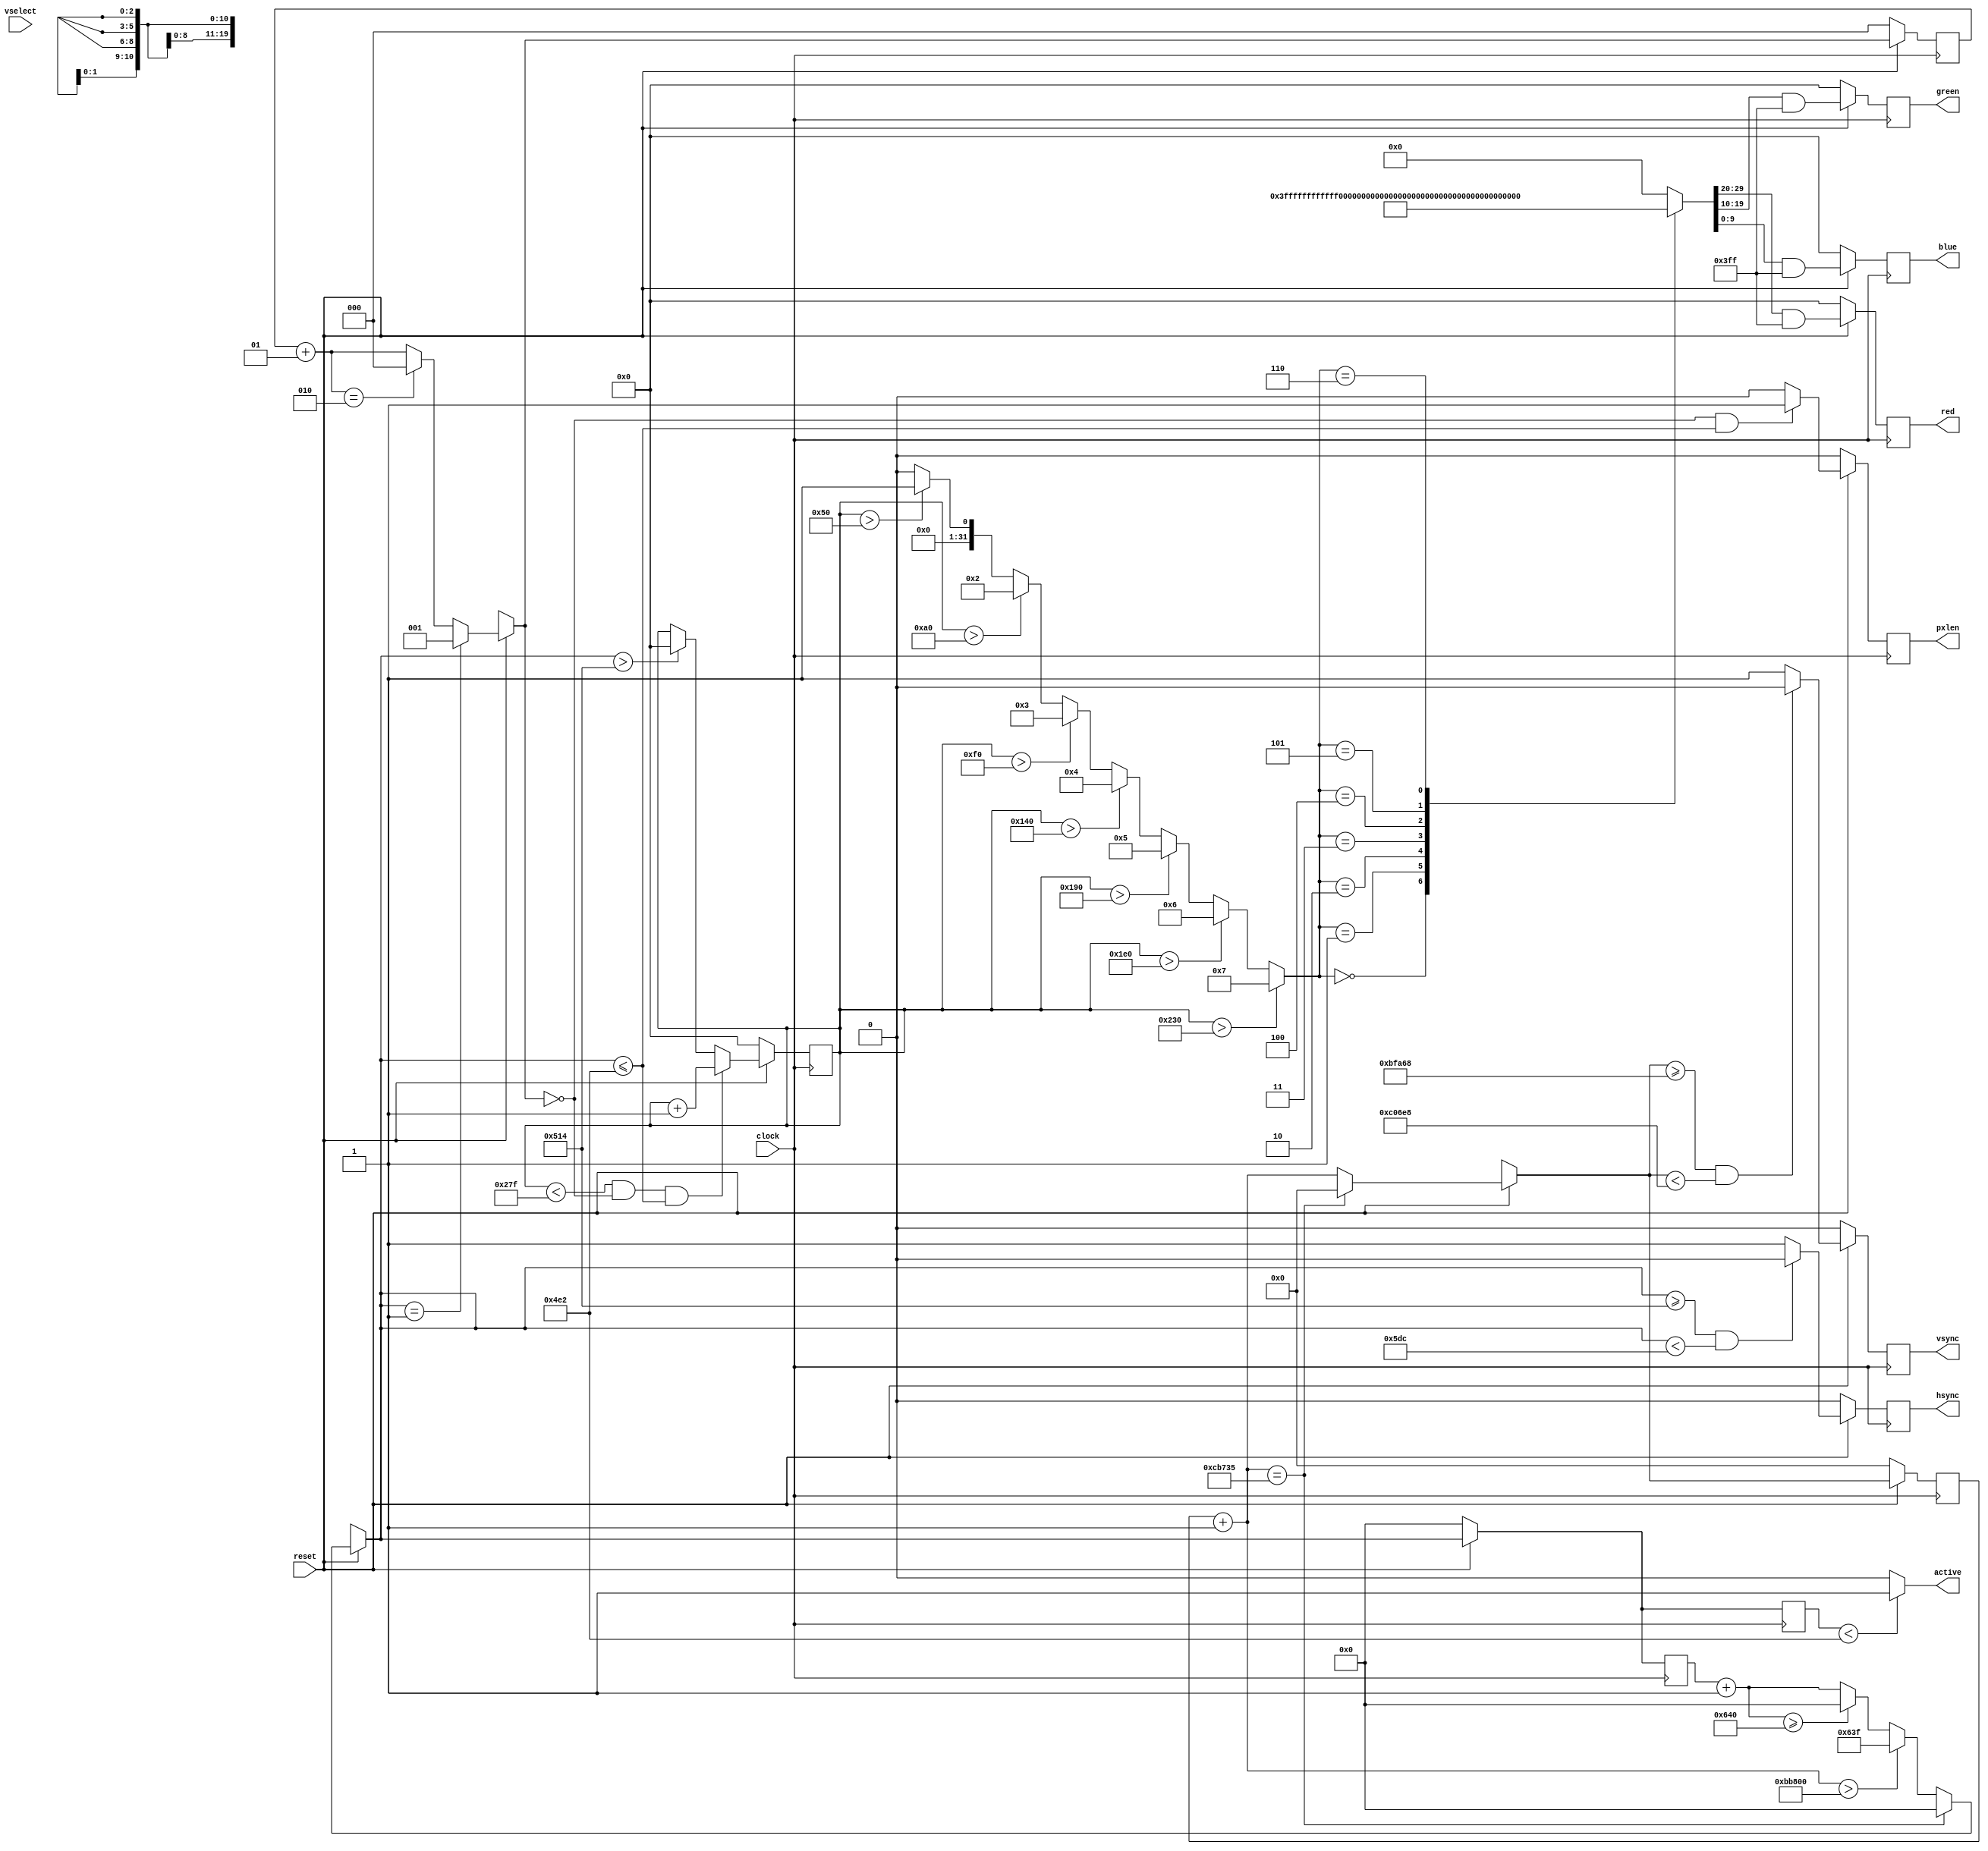
module mm_vgasys (
    clock,
    reset,
    vselect,
    hsync,
    vsync,
    red,
    green,
    blue,
    pxlen,
    active
);


input clock;
input reset;
input vselect;
output hsync;
reg hsync;
output vsync;
reg vsync;
output [9:0] red;
wire [9:0] red;
output [9:0] green;
wire [9:0] green;
output [9:0] blue;
wire [9:0] blue;
output pxlen;
reg pxlen;
output active;
reg active;

reg [2:0] gvga_vga_state;
reg [19:0] gvga_vcd;
reg [9:0] gvga_hpxl;
reg [8:0] gvga_vpxl;
reg [29:0] gvga_vmem_red;
reg [10:0] gvga_hcd;
reg [29:0] gvga_vmem_blue;
reg [29:0] gvga_vmem_green;
reg [29:0] gbar_pval;
reg [31:0] gbar_ssel;





always @(posedge clock) begin: MM_VGASYS_GVGA_RTL_SYNC
    reg signed [3-1:0] xcnt;
    reg [11-1:0] hcnt;
    reg [20-1:0] vcnt;
    if (reset == 0) begin
        gvga_vpxl <= 0;
        gvga_vcd <= 0;
        vsync <= 0;
        gvga_hpxl <= 0;
        hsync <= 0;
        pxlen <= 0;
        gvga_hcd <= 0;
        hcnt = 0;
        vcnt = 0;
        xcnt = 0;
    end
    else begin
        hcnt = (hcnt + 1);
        vcnt = (vcnt + 1);
        if ((vcnt == 833333)) begin
            vcnt = 0;
            hcnt = 0;
        end
        else if ((vcnt > 768000)) begin
            hcnt = (1600 - 1);
        end
        else if ((hcnt >= 1600)) begin
            hcnt = 0;
        end
        xcnt = (xcnt + 1);
        if ((hcnt == 1)) begin
            xcnt = 1;
        end
        else if ((xcnt == 2)) begin
            xcnt = 0;
        end
        if (((xcnt == 0) && (hcnt <= 1250))) begin
            pxlen <= 1'b1;
        end
        else begin
            pxlen <= 1'b0;
        end
        if (((hcnt >= (1250 + 50)) && (hcnt < ((1250 + 50) + 200)))) begin
            hsync <= 1'b0;
        end
        else begin
            hsync <= 1'b1;
        end
        if (((vcnt >= (768000 + 17000)) && (vcnt < ((768000 + 17000) + 3200)))) begin
            vsync <= 1'b0;
        end
        else begin
            vsync <= 1'b1;
        end
        if ((($signed({1'b0, gvga_hpxl}) < (640 - 1)) && (xcnt == 0) && (hcnt <= 1250))) begin
            gvga_hpxl <= (gvga_hpxl + 1);
        end
        else if ((hcnt > (1250 + 50))) begin
            gvga_hpxl <= 0;
        end
        if ((($signed({1'b0, hcnt}) >= (1600 - 1)) && (vcnt < 768000))) begin
            gvga_vpxl <= (gvga_vpxl + 1);
        end
        else if ((vcnt > (768000 + 17000))) begin
            gvga_vpxl <= 0;
        end
        gvga_hcd <= hcnt;
        gvga_vcd <= vcnt;
    end
end


always @(gvga_vcd, hsync, gvga_hcd, vsync) begin: MM_VGASYS_GVGA_RTL_STATE
    if ((!hsync)) begin
        gvga_vga_state = 3'b011;
    end
    else if ((!vsync)) begin
        gvga_vga_state = 3'b110;
    end
    else if ((gvga_hcd < 1250)) begin
        gvga_vga_state = 3'b001;
    end
    else if (((gvga_vcd >= 768000) && (gvga_vcd < (768000 + 17000)))) begin
        gvga_vga_state = 3'b101;
    end
    else if (((gvga_vcd >= (768000 + 17000)) && (gvga_vcd < ((768000 + 17000) + 3200)))) begin
        // pass
    end
    else if (((gvga_vcd >= ((768000 + 17000) + 3200)) && (gvga_vcd < 833333))) begin
        gvga_vga_state = 3'b111;
    end
    else if (((gvga_hcd >= 1250) && (gvga_hcd < (1250 + 50)))) begin
        gvga_vga_state = 3'b010;
    end
    else if (((gvga_hcd >= (1250 + 50)) && (gvga_hcd < ((1250 + 50) + 200)))) begin
        // pass
    end
    else if (((gvga_hcd >= ((1250 + 50) + 200)) && (gvga_hcd < (((1250 + 50) + 200) + 100)))) begin
        gvga_vga_state = 3'b100;
    end
    if ((gvga_hcd < 1250)) begin
        active = 1'b1;
    end
    else begin
        active = 1'b0;
    end
end



assign red = gvga_vmem_red;
assign green = gvga_vmem_green;
assign blue = gvga_vmem_blue;


always @(gvga_hpxl) begin: MM_VGASYS_GBAR_RTL_PVAL
    integer ii;
    integer sel;
    sel = 0;
    for (ii=0; ii<8; ii=ii+1) begin
        if (($signed({1'b0, gvga_hpxl}) > (ii * 80))) begin
            sel = ii;
        end
    end
    gbar_ssel = sel;
    case (sel)
        0: gbar_pval = 1073741823;
        1: gbar_pval = 1073740800;
        2: gbar_pval = 1048575;
        3: gbar_pval = 1047552;
        4: gbar_pval = 1072694271;
        5: gbar_pval = 1072693248;
        6: gbar_pval = 1023;
        default: gbar_pval = 0;
    endcase
end


always @(posedge clock) begin: MM_VGASYS_GBAR_RTL_RGB
    if (reset == 0) begin
        gvga_vmem_blue <= 0;
        gvga_vmem_green <= 0;
        gvga_vmem_red <= 0;
    end
    else begin
        gvga_vmem_red <= ((gbar_pval >>> 20) & 1023);
        gvga_vmem_green <= ((gbar_pval >>> 10) & 1023);
        gvga_vmem_blue <= (gbar_pval & 1023);
    end
end

endmodule